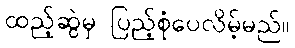
ထည့်ဆွဲမှ ပြည့်စုံပေလိမ့်မည်။